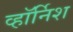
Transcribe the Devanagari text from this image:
व्हॉर्निश